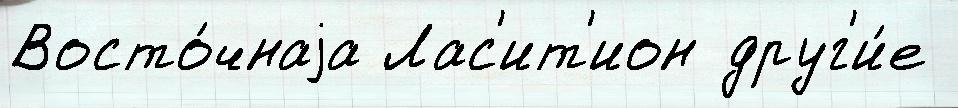
Восто́чнаjа Лас'ит'ион друг'и́е